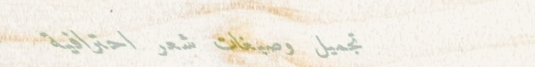
تجميل وصبغات شعر احترافية